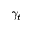
\gamma _ { t }